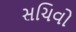
સચિવો